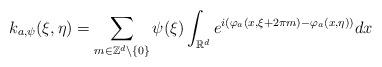
LaTeX: \begin{align*}k_{a,\psi}(\xi,\eta)=\sum_{m\in\mathbb{Z}^d \backslash \{0\}} \psi(\xi) \int_{\mathbb{R}^d} e^{i(\varphi_a(x,\xi+2\pi m)-\varphi_a(x,\eta))} dx\end{align*}